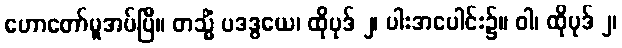
ဟောတော်မူအပ်ပြီ။ တသ္မိံ ပဒဒွယေ၊ ထိုပုဒ် ၂၊ ပါးအပေါင်း၌။ ဝါ၊ ထိုပုဒ် ၂၊